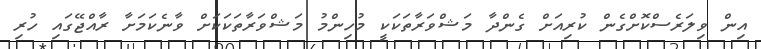
އިން ވިލަރެސްކޮށްގެން ކުރިއަށް ގެންދާ މަޝްވަރާތަކަކީ މުހިންމު މަޝްވަރާތަކަކަށް ވާނެކަމަށާ ރާއްޖޭގައި ހުރި